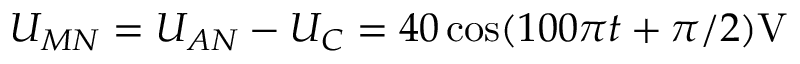
U _ { M N } = U _ { A N } - U _ { C } = 4 0 \cos ( 1 0 0 \pi t + \pi / 2 ) \mathrm { V }